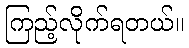
ကြည့်လိုက်ရတယ်။